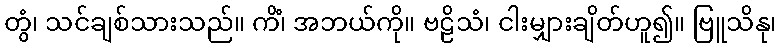
တွံ၊ သင်ချစ်သားသည်။ ကိံ၊ အဘယ်ကို။ ဗဠိသံ၊ ငါးမျှားချိတ်ဟူ၍။ ဗြူသိနု၊